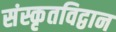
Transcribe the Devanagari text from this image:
संस्कृतविद्वान